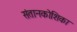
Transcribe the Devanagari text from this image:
संतानकोशिका